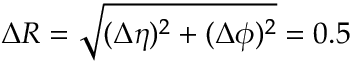
\Delta R = \sqrt { ( \Delta \eta ) ^ { 2 } + ( \Delta \phi ) ^ { 2 } } = 0 . 5